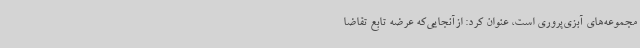
مجموعه‌های آبزی‌پروری است، عنوان کرد: ازآنجایی‌که عرضه تابع تقاضا